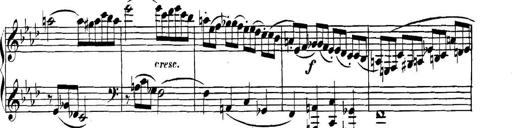
Title: Collected Piano Sonatas
Composer: Muzio Clementi